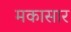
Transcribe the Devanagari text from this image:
मकासार